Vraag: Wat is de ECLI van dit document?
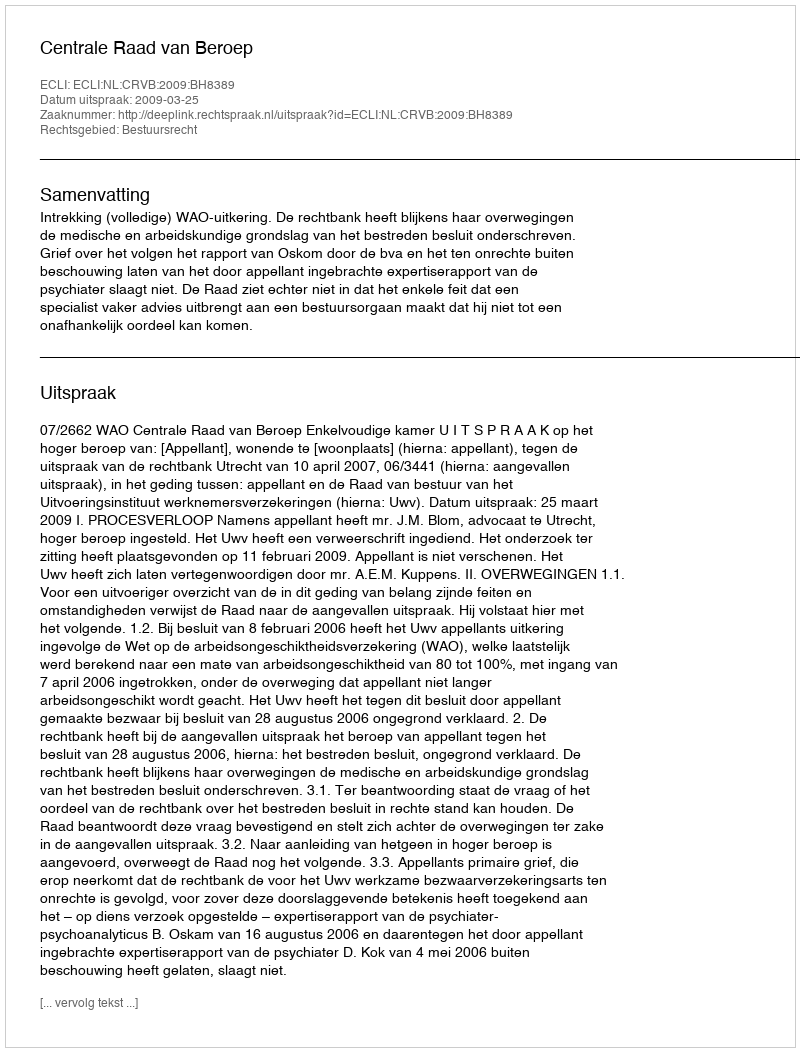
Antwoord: ECLI:NL:CRVB:2009:BH8389